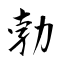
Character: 勃